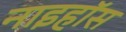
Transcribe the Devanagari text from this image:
नाइहॉस